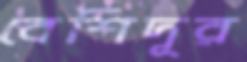
বেশিদূর